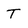
Character: T